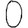
Digit: 0